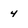
Character: 4